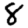
Digit: 8